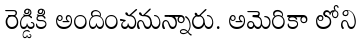
రెడ్డికి అందించనున్నారు. అమెరికా లోని